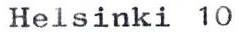
Helsinki 10